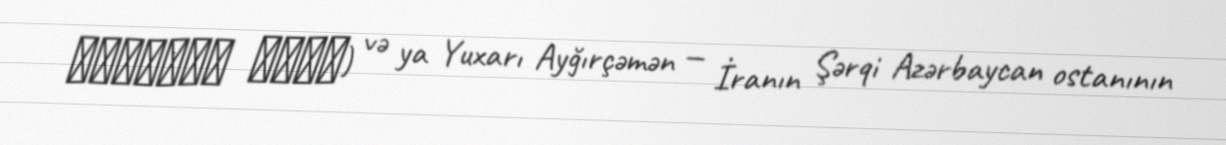
ايقرچمن عليا) və ya Yuxarı Ayğırçəmən — İranın Şərqi Azərbaycan ostanının